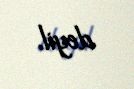
deyil.